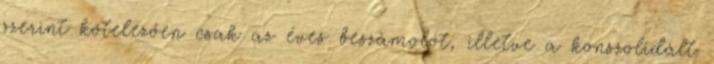
szerint kötelezően csak az éves beszámolót, illetve a konszolidált